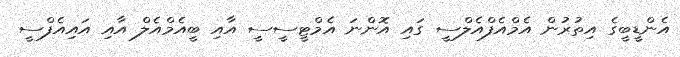
އެންޑީބީގެ އިތުރުން އެމްއެފްއެލްސީ ގައި އޮންނަ އެމްޓީސީސީ އާއި ބީއެމްއެލް އާއި އައިއެފްސީ